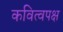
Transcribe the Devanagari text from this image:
कवित्वपक्ष